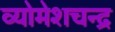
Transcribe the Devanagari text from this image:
व्योमेशचन्द्र